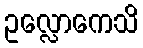
ဥလ္လောကေသိ